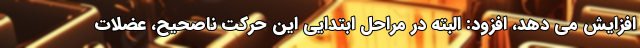
افزایش می دهد، افزود: البته در مراحل ابتدایی این حرکت ناصحیح، عضلات